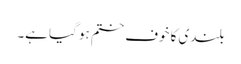
بلندی کا خوف ختم ہو گیا ہے۔